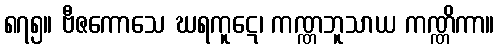
၈၇၅။ ဗီဇကောသေ ဃရကူဋေ၊ ကဏ္ဏဘူသာယ ကဏ္ဏိကာ။